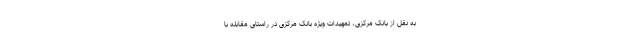
به نقل از بانک مرکزی، تمهیدات ویژه بانک مرکزی در راستای مقابله با